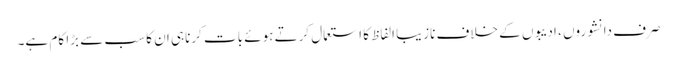
صرف دانشوروں ، ادیبوں کے خلاف نازیبا الفاظ کا استعمال کرتے ہوئے بات کرناہی ان کا سب سے بڑا کام ہے۔